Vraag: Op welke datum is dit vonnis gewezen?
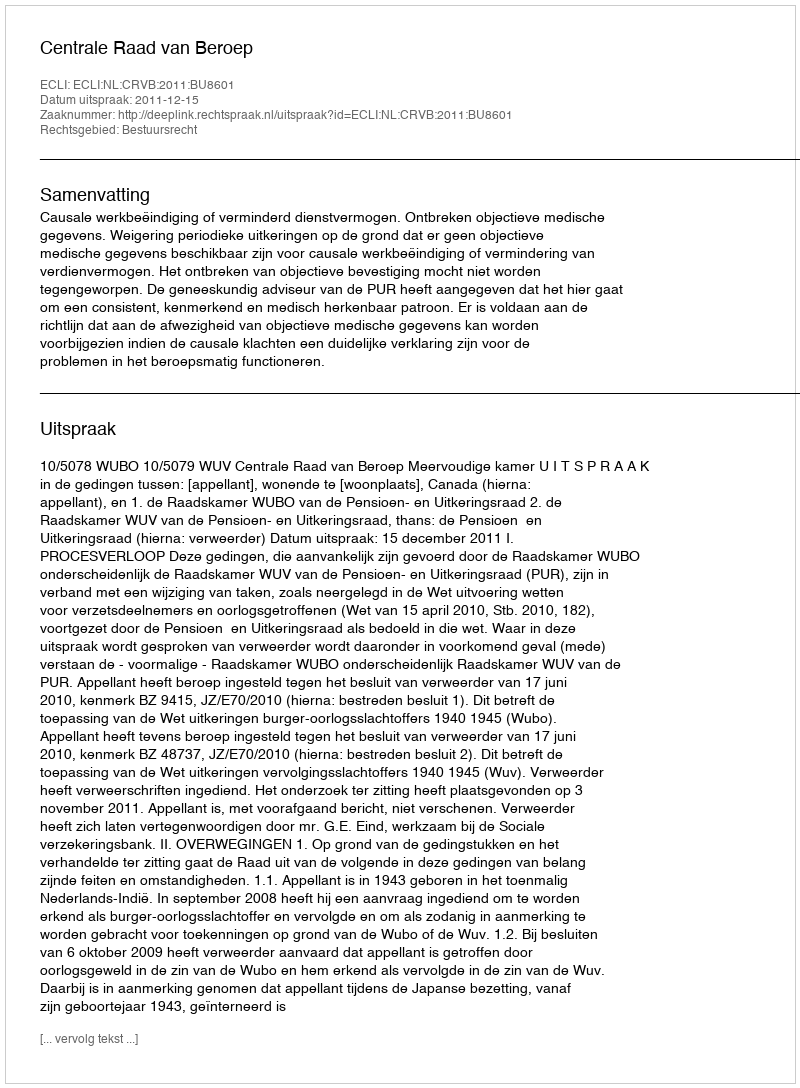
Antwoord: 2011-12-15